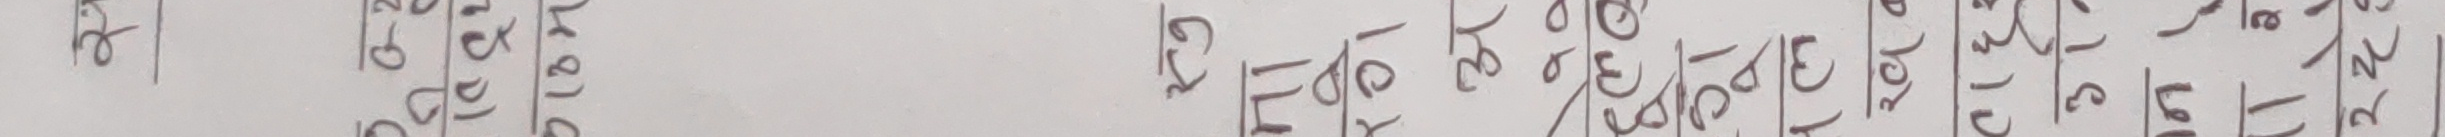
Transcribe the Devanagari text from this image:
कृ० संस्ठाका नाम